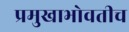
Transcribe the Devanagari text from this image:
प्रमुखाभोवतीच